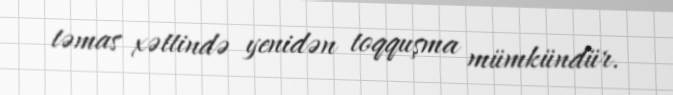
təmas xəttində yenidən toqquşma mümkündür.